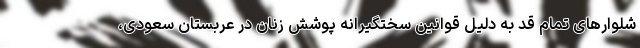
شلوارهای تمام قد به دلیل قوانین سختگیرانه پوشش زنان در عربستان سعودی،